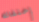
إختفائه